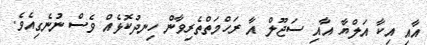
އާއި އިކާ އަލްޔާ އާއި ސަޖޫލް އާ ރަހްމަތްތެރިވާން ހިނދުކޮޅެއް ވެސް ނުނެގިއެވެ.